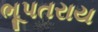
ભૂપતરાય